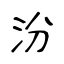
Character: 汾